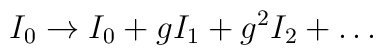
I_0 \rightarrow I_0 + g I_1 + g^2 I_2 + \dots